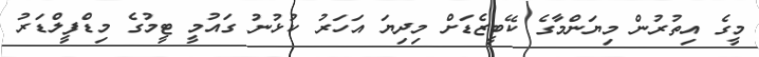
މީގެ އިތުރުން މިޔަންމާގެ ކޭބީޒެޑަށް މިިދިޔަ އަހަރު ކުޅުނު ގައުމީ ޓީމުގެ މިޑްފީލްޑަރު